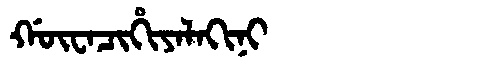
Manchu: ᡤᡡᠸᠠᠴᡳᡥᡳᠶᠠᠯᠠᡴᡳᠨᡳ
Romanization: GŪWACIHIYALAKINI